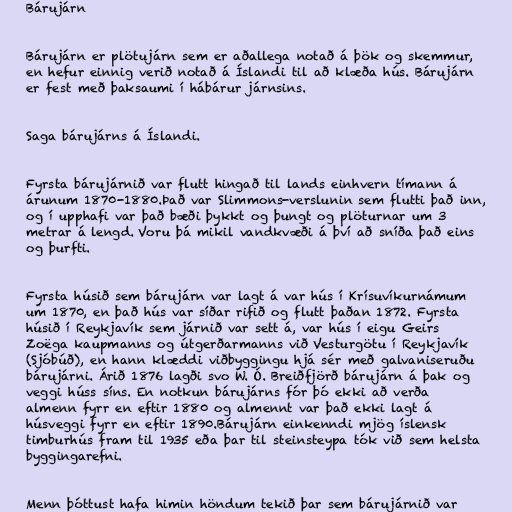
Bárujárn

Bárujárn er plötujárn sem er aðallega notað á þök og skemmur,
en hefur einnig verið notað á Íslandi til að klæða hús. Bárujárn
er fest með þaksaumi í hábárur járnsins.

Saga bárujárns á Íslandi.

Fyrsta bárujárnið var flutt hingað til lands einhvern tímann á
árunum 1870-1880.Það var Slimmons-verslunin sem flutti það inn,
og í upphafi var það bæði þykkt og þungt og plöturnar um 3
metrar á lengd. Voru þá mikil vandkvæði á því að sníða það eins
og þurfti.

Fyrsta húsið sem bárujárn var lagt á var hús í Krísuvíkurnámum
um 1870, en það hús var síðar rifið og flutt þaðan 1872. Fyrsta
húsið í Reykjavík sem járnið var sett á, var hús í eigu Geirs
Zoëga kaupmanns og útgerðarmanns við Vesturgötu í Reykjavík
(Sjóbúð), en hann klæddi viðbyggingu hjá sér með galvaniseruðu
bárujárni. Árið 1876 lagði svo W. Ó. Breiðfjörð bárujárn á þak og
veggi húss síns. En notkun bárujárns fór þó ekki að verða
almenn fyrr en eftir 1880 og almennt var það ekki lagt á
húsveggi fyrr en eftir 1890.Bárujárn einkenndi mjög íslensk
timburhús fram til 1935 eða þar til steinsteypa tók við sem helsta
byggingarefni.

Menn þóttust hafa himin höndum tekið þar sem bárujárnið var